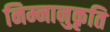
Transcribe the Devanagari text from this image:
निम्नानुकृति